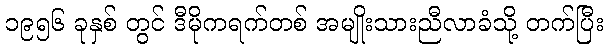
၁၉၅၆ ခုနှစ် တွင် ဒီမိုကရက်တစ် အမျိုးသားညီလာခံသို့ တက်ပြီး